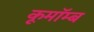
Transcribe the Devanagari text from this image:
कूमॉम्ब